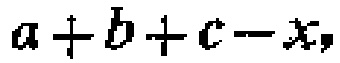
\(a + b + c - x\)